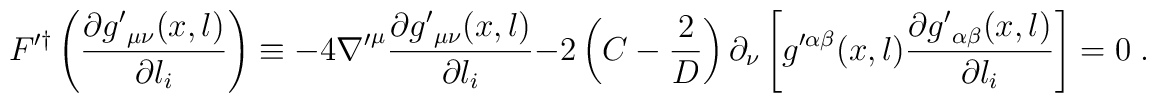
F'^{\dag} \left( \frac{\partial {g'}_{\mu\nu}(x,l) }{\partial l_{i}}\right) \equiv  - 4 {\nabla'}^{\mu} \frac{\partial {g'}_{\mu\nu}(x,l)  }{\partial l_{i}} - 2 \left( C - \frac{2}{D} \right) \partial_{\nu} \left[ {g}'^{\alpha\beta}(x,l) \frac{\partial {g'}_{\alpha\beta}(x,l)    }{\partial l_{i}} \right]=0 \; .